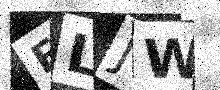
Text: ELJW